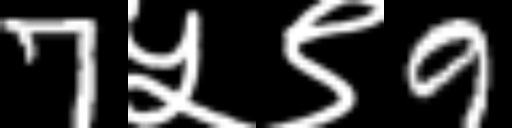
Text: 7५९9